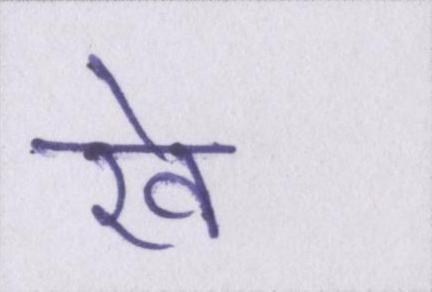
रवे